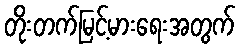
တိုးတက်မြင့်မားရေးအတွက်